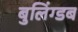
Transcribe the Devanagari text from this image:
बुलिंग्डब